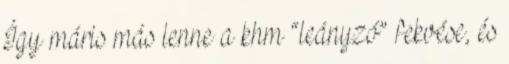
Így máris más lenne a khm “leányzó” fekvése, és